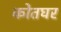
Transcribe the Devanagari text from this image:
कोतघर